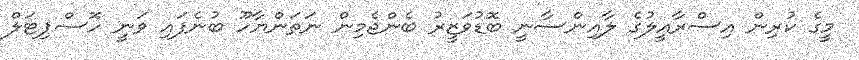
މީގެ ކުރިން އިސްރާއީލުގެ ލާއިންސާނީ ބޮޑުވަޒީރު ބެންޖެމިން ނަތަންޔާހޫ ބުނެފައި ވަނީ ހޮސްޕިޓަލް